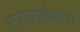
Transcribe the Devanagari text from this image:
नातेवाईकांस